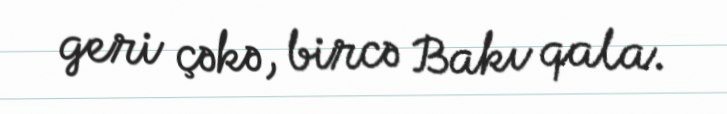
geri çəkə, bircə Bakı qala.